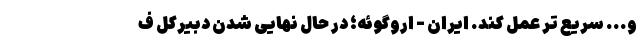
و... سریع‌ تر عمل کند. ایران - اروگوئه؛ در حال نهایی شدن دبیرکل ف